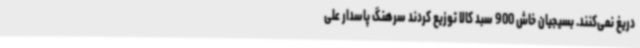
دریغ نمی‌کنند. بسیجیان خاش 900 سبد کالا توزیع کردند سرهنگ پاسدار علی